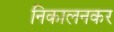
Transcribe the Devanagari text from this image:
निकालनकर